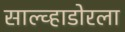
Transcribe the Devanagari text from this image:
साल्व्हाडोरला